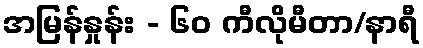
အမြန်နှုန်း - ၆၀ ကီလိုမီတာ/နာရီ